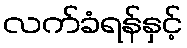
လက်ခံရန်နှင့်